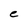
Character: e